Civil Veterinary Department. Madras. Admin. report 1926-33 - 1926-1933
Year: 1926
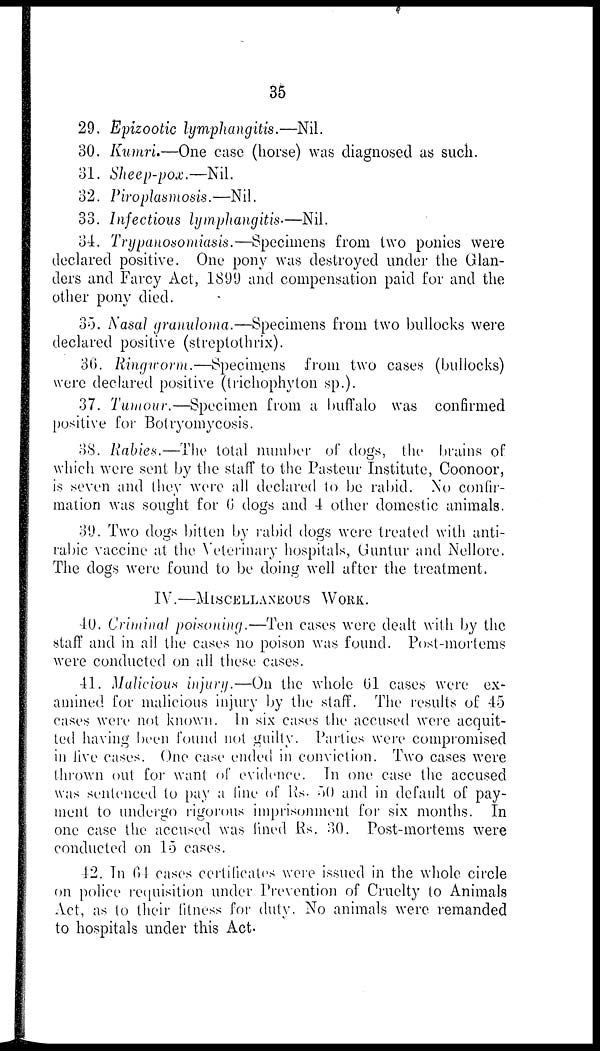
35
29. Epizootic lymphangitis.—Nil.
30. Kumri.—One case (horse) was diagnosed as such.
31. Sheep-pox.—Nil.
32. Piroplasmosis.—Nil.
33. Infectious lymphangitis—Nil.
34. Trypanosomiasis.—Specimens from two ponies were
declared positive. One pony was destroyed under the Glan-
ders and Farcy Act, 1899 and compensation paid for and the
other pony died.
30. Nasal granuloma.—Specimens from two bullocks were
declared positive (streptothrix).
36. Ringworm.—Specimens
from two cases (bullocks)
were declared positive (trichophyton sp.).
37. Tumour.—Specimen from a buffalo was confirmed
positive for Botryomycosis.
38. Rabies.—The total number of dog's, the brains of
which were sent by the staff to the Pasteur Institute, Coonoor,
is seven and they were all declared to be rabid. No confir-
mation was sought for 6 dogs and 4 other domestic animals.
39. Two dogs bitten by rabid dogs were treated with anti-
rabic vaccine at the Veterinary hospitals, Guntur and Nellore.
The dogs were found to be doing well after the treatment.
IV.—MISCELLANEOUS WORK.
40. Criminal poisoning.—Ten cases were dealt with by the
staff and in ail. the cases no poison was found. Post-mortems
were conducted on all these cases.
41. Malicious injury.—On the whole 61 cases were ex-
amined for malicious injury by the staff. The results of 45
cases were not known. In six cases the accused were acquit-
ted having been found not guilty. Parties were compromised
in live casus. One case ended in conviction. Two cases were
thrown out for want of evidence. In one case the accused
was sentenced to pay a fine of Rs. 50 and in default of pay-
ment to undergo rigorous imprisonment for six months. In
one case the accused was fined Rs. 30. Post-mortems were
conducted on 15 cases.
42. In 64 cases certificates were issued in the whole circle
on police requisition under Prevention of Cruelty to Animals
Act, as to their fitness for duty. No animals were remanded
to hospitals under this Act.